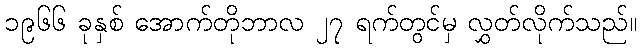
၁၉၆၆ ခုနှစ် အောက်တိုဘာလ ၂၇ ရက်တွင်မှ လွှတ်လိုက်သည်။